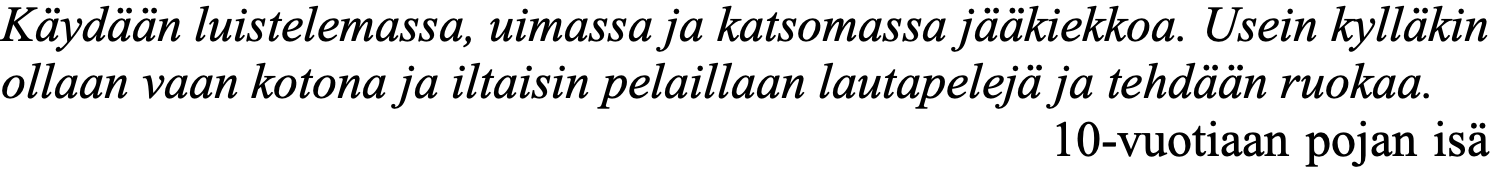
Käydään luistelemassa, uimassa ja katsomassa jääkiekkoa. Usein kylläkin ollaan vaan kotona ja iltaisin pelaillaan lautapelejä ja tehdään ruokaa. 10-vuotiaan pojan isä